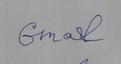
Signature authenticity: forged